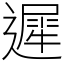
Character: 遲